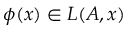
\phi ( { \boldsymbol { x } } ) \in L ( A , { \boldsymbol { x } } )